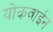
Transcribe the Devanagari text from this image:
योकवाईन